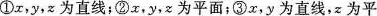
①z，y，z为直线；②x，y，为平面；③x，y为直线，x为平